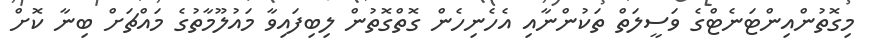
މިގޮތުންއިންޓަނެޓްގެ ވަސީލަތް ތަކުންނާއި އެހެނިހެން ގޮތްގޮތުން ލިބިފައިވާ މައުލޫމާތުގެ މައްޗަށް ބިނާ ކޮށް